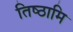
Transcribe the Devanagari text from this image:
तिष्‍ठामि